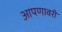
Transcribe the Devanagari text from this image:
आपणावरी